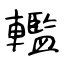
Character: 轞